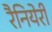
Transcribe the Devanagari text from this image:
रैनियेरी